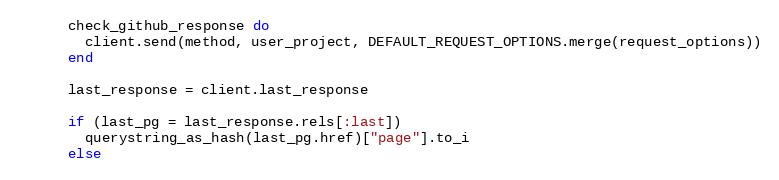
Language: Ruby
      check_github_response do
        client.send(method, user_project, DEFAULT_REQUEST_OPTIONS.merge(request_options))
      end

      last_response = client.last_response

      if (last_pg = last_response.rels[:last])
        querystring_as_hash(last_pg.href)["page"].to_i
      else